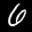
Label: 6